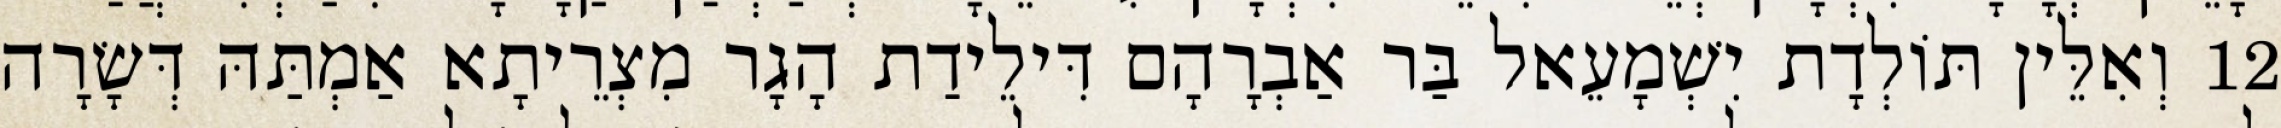
12 וְאִלֵּין תּוֹלְדָת יִשְׁמָעֵאל בַּר אַבְרָהָם דִּילֵידַת הָגָר מִצְרֵיתָא אַמְתַּהּ דְּשָׂרָה